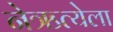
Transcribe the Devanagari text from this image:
नेऋत्येला